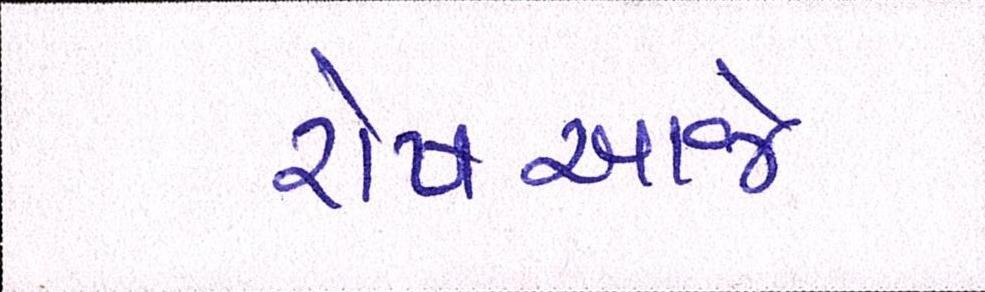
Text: રોષઆજે